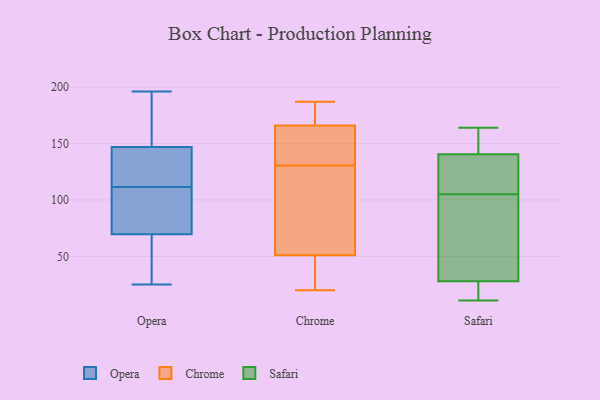
{"axis": {"x": "Production Output", "y": "Value"}, "legend": ["Chrome", "Opera", "Safari"], "data": [{"x": "", "y": 142, "type": "Opera"}, {"x": "", "y": 70, "type": "Opera"}, {"x": "", "y": 196, "type": "Opera"}, {"x": "", "y": 133, "type": "Opera"}, {"x": "", "y": 25, "type": "Opera"}, {"x": "", "y": 73, "type": "Opera"}, {"x": "", "y": 103, "type": "Opera"}, {"x": "", "y": 58, "type": "Opera"}, {"x": "", "y": 129, "type": "Opera"}, {"x": "", "y": 152, "type": "Opera"}, {"x": "", "y": 120, "type": "Opera"}, {"x": "", "y": 163, "type": "Opera"}, {"x": "", "y": 28, "type": "Opera"}, {"x": "", "y": 108, "type": "Opera"}, {"x": "", "y": 76, "type": "Opera"}, {"x": "", "y": 115, "type": "Opera"}, {"x": "", "y": 69, "type": "Opera"}, {"x": "", "y": 61, "type": "Opera"}, {"x": "", "y": 159, "type": "Opera"}, {"x": "", "y": 183, "type": "Opera"}, {"x": "", "y": 140, "type": "Chrome"}, {"x": "", "y": 20, "type": "Chrome"}, {"x": "", "y": 166, "type": "Chrome"}, {"x": "", "y": 168, "type": "Chrome"}, {"x": "", "y": 82, "type": "Chrome"}, {"x": "", "y": 170, "type": "Chrome"}, {"x": "", "y": 187, "type": "Chrome"}, {"x": "", "y": 21, "type": "Chrome"}, {"x": "", "y": 136, "type": "Chrome"}, {"x": "", "y": 22, "type": "Chrome"}, {"x": "", "y": 51, "type": "Chrome"}, {"x": "", "y": 151, "type": "Chrome"}, {"x": "", "y": 125, "type": "Chrome"}, {"x": "", "y": 56, "type": "Chrome"}, {"x": "", "y": 117, "type": "Safari"}, {"x": "", "y": 25, "type": "Safari"}, {"x": "", "y": 15, "type": "Safari"}, {"x": "", "y": 116, "type": "Safari"}, {"x": "", "y": 60, "type": "Safari"}, {"x": "", "y": 143, "type": "Safari"}, {"x": "", "y": 12, "type": "Safari"}, {"x": "", "y": 164, "type": "Safari"}, {"x": "", "y": 75, "type": "Safari"}, {"x": "", "y": 133, "type": "Safari"}, {"x": "", "y": 37, "type": "Safari"}, {"x": "", "y": 105, "type": "Safari"}, {"x": "", "y": 11, "type": "Safari"}, {"x": "", "y": 153, "type": "Safari"}, {"x": "", "y": 156, "type": "Safari"}]}